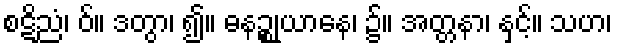
စဋိညံ၊ ဝ်။ ဒတွာ၊ ၍။ ဓနဉ္စုယာနေ၊ ၌။ အတ္တနာ၊ နှင့်။ သဟ၊